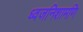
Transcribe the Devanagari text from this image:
ध्वजनिशामणि